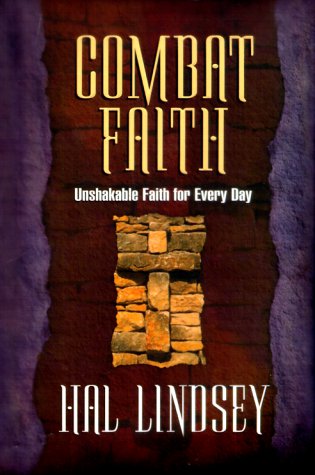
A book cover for Combat Faith: Unshakable Faith for Every Day; Hal Lindsey; Christian Books & Bibles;